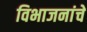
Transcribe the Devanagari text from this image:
विभाजनांचे